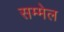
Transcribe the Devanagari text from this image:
सम्मेल